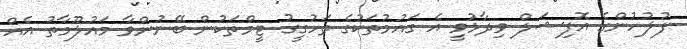
ފުލުހުންގެ އޮފިޝަލް ވިދާޅުވީ އެ ގައުމުތަކުގެ ތަހުގީގު ޓީމްތަކުން ބޭނުންވާ މައުލޫމާތު އެއް